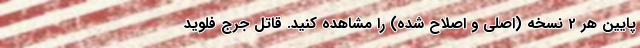
پایین هر 2 نسخه (اصلی و اصلاح شده) را مشاهده کنید. قاتل جرج فلوید